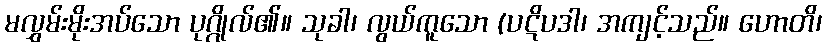
မလွှမ်းမိုးအပ်သော ပုဂ္ဂိုလ်၏။ သုခါ၊ လွယ်ကူသော (ပဋိပဒါ၊ အကျင့်သည်။ ဟောတိ၊